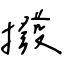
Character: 撥